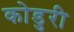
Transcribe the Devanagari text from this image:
कोडुरी